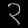
Digit: ၃